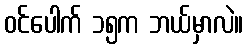
ဝင်ပေါက် ၁၅က ဘယ်မှာလဲ။